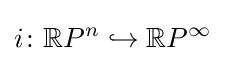
i\colon \mathbb {R} P^{n}\hookrightarrow \mathbb {R} P^{\infty }